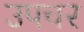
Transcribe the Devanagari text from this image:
उपचर